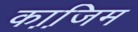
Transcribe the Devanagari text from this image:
का़जि़म